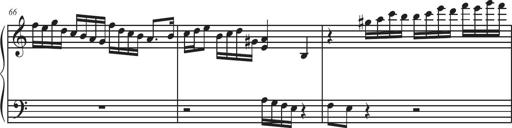
Title: Sonatina Espania
Composer: Jerald Franklin Archer
Key: Various